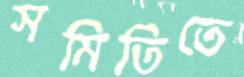
সমিতিতে